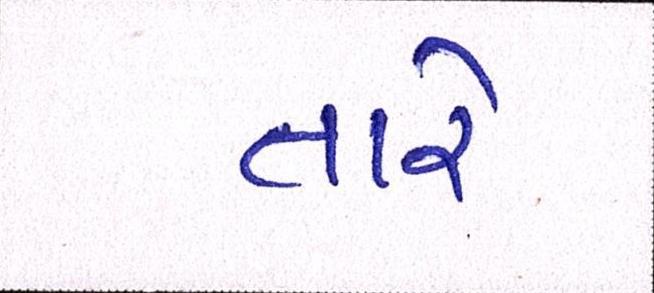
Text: તારે